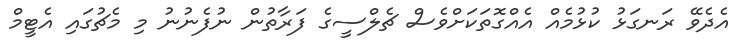
އެދެވޭ ރަނގަޅު ކުޅުމެއް އެއްގޮތަކަށްވެސް ޗެލްސީގެ ފަރާތުން ނުފެނުނު މި މެޗުގައި އެޓީމް